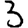
Digit: 3